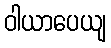
ဝါယာပေယျ